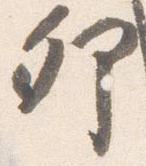
卯